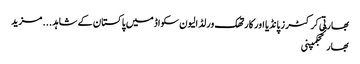
بھارتی کرکٹرز پانڈیا اور کارتھک ورلڈ الیون سکواڈ میں پاکستان کے شاہد ... مزید
بھارتحجکمپنی